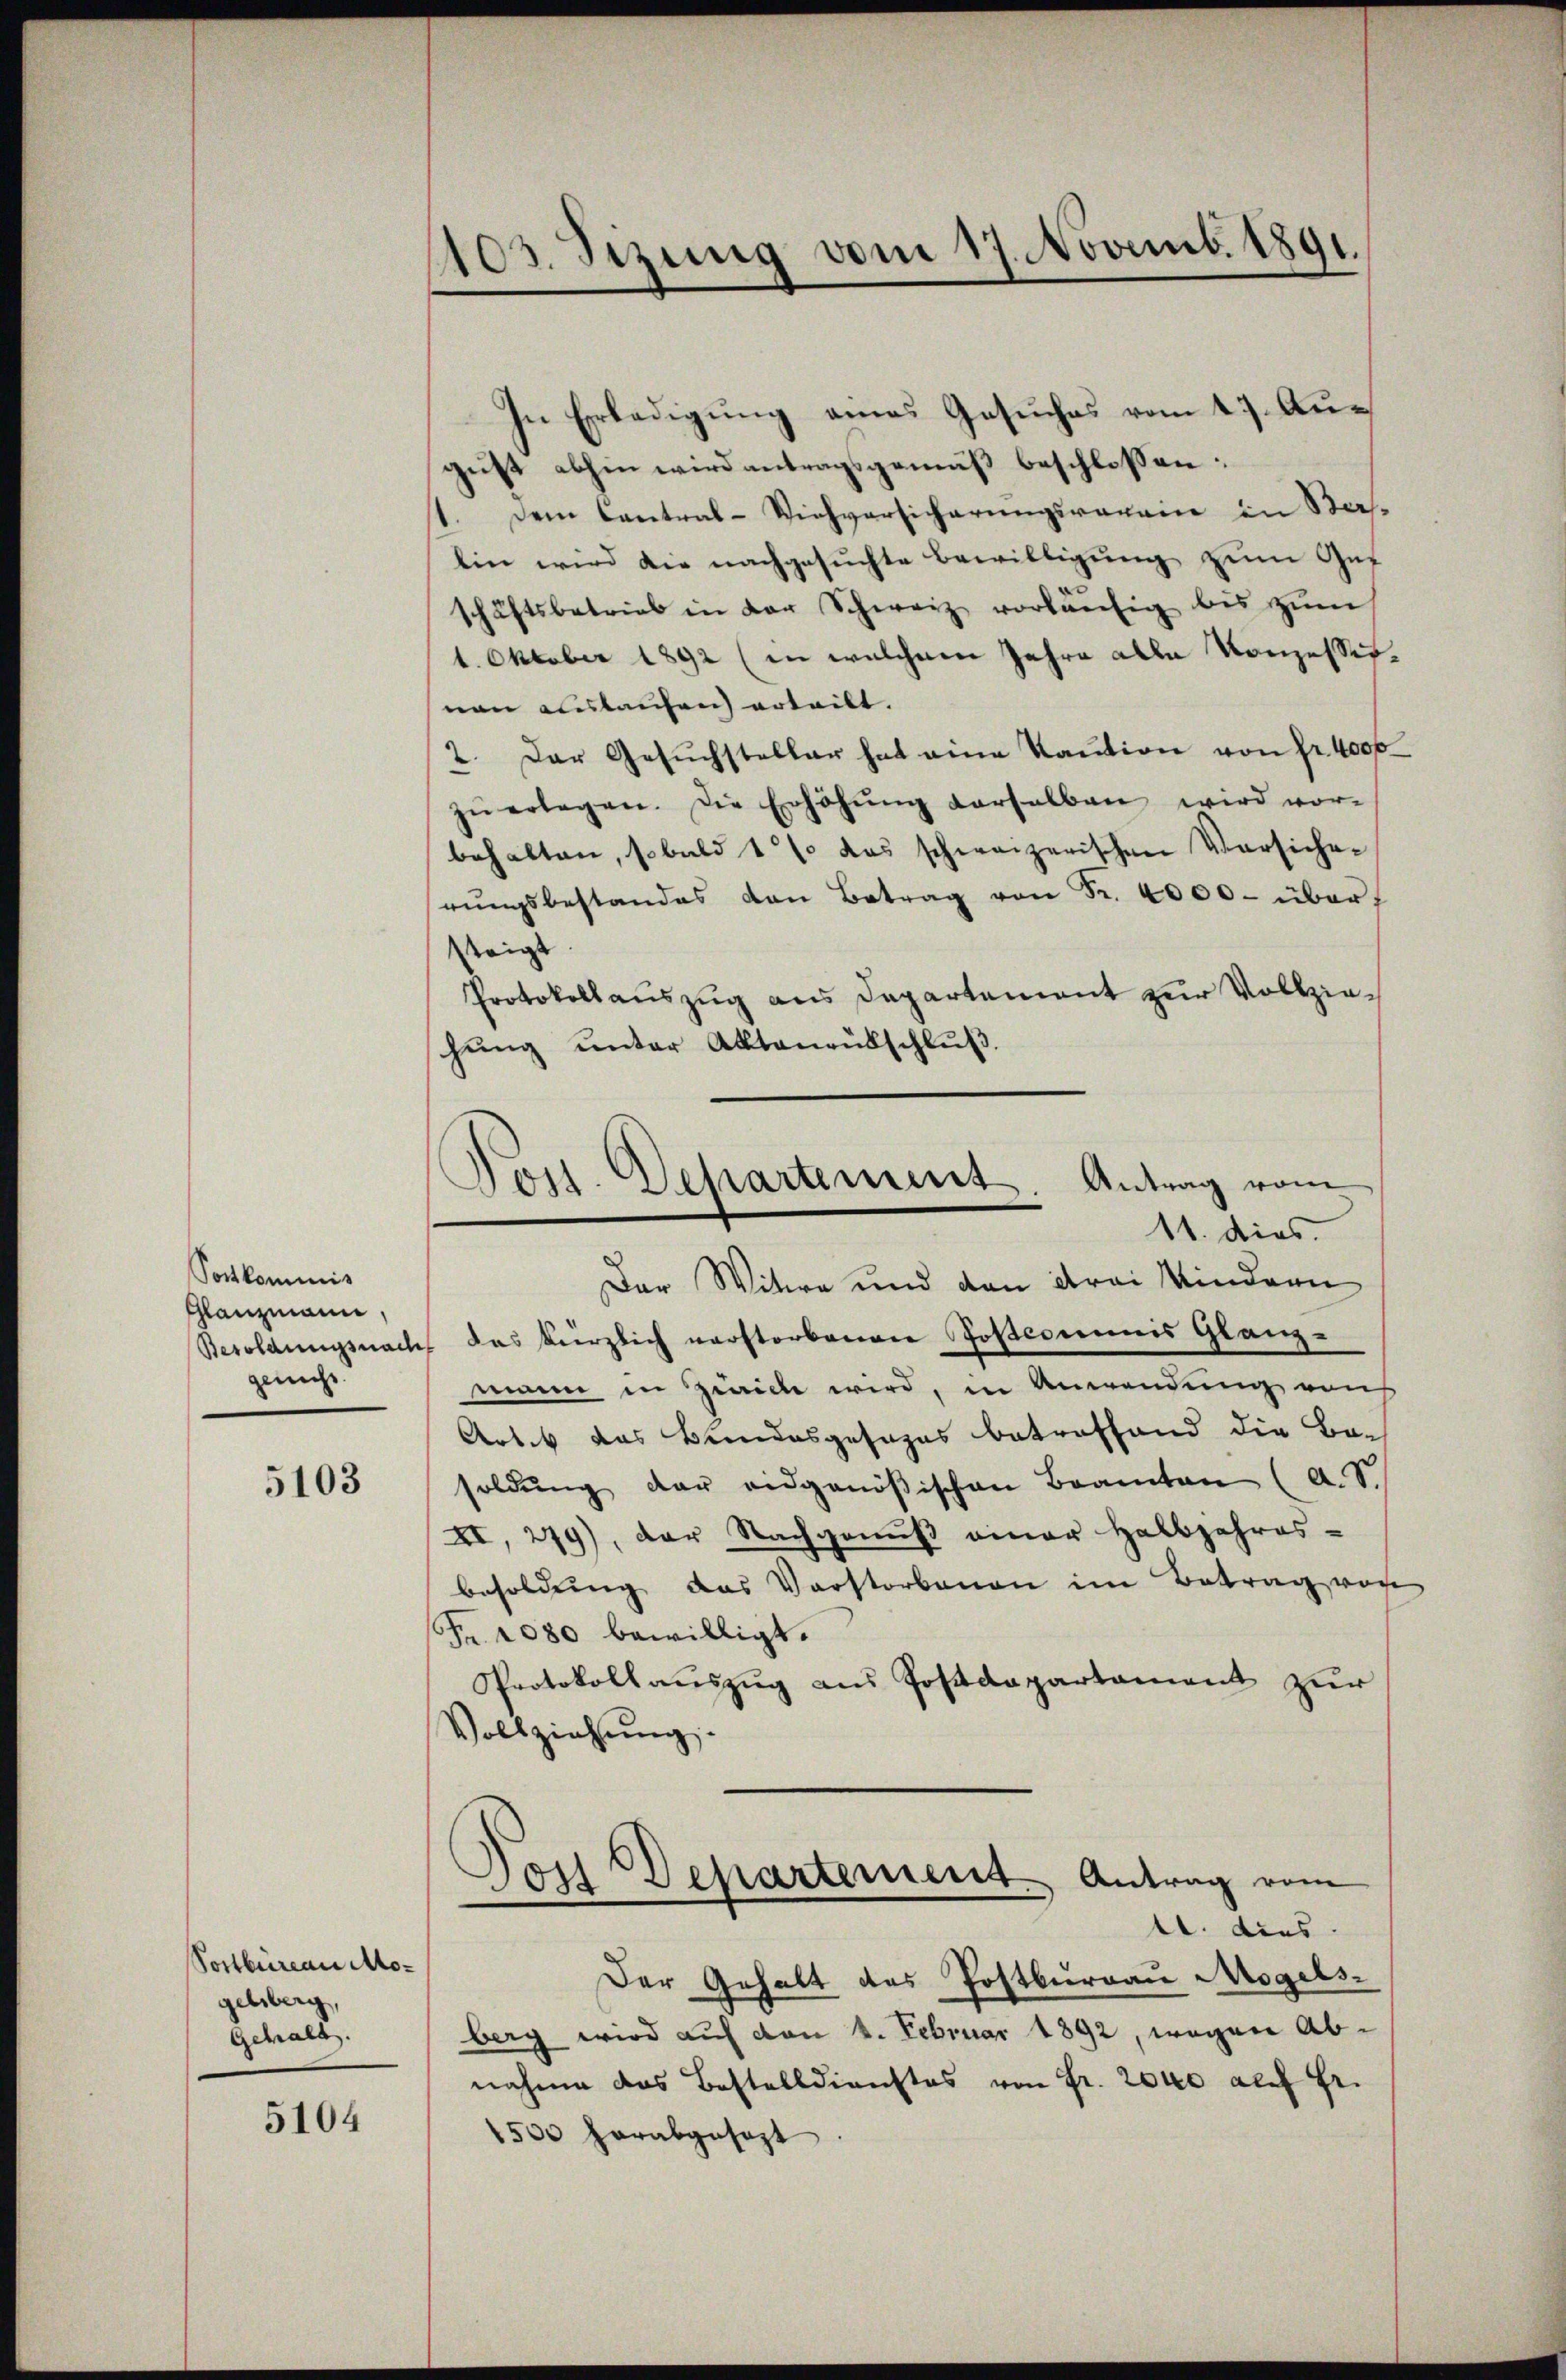
Postkommis
Glanzmann,
gericht.

5103

Postbureau Mogelberg,
Gehalt.

5104

1103. Sizung vom 17. Novemb. 1891.

In Erledigung eines Gesuches vom 17. August abhin wird antragsgemäß beschlossen:
1. Dem Contral-Viehversicherungsravance in Stalin wird die nachgesuchte Bewilligung zum Gef
schäftsbetrieb in der Schweiz vorläŭfig bis zŭm
1. Oktober 1892 (in welchem Jahre alle Konzessirnen Auslaufen erteilt.
2. Der Gesŭchsteller hat eine Kaution von fr. 4000
zŭ erlegen. Die Erhöhŭng verselben wird vor-
behalten, sobald 11 das schweizerischen Versicherŭngsbestandes von Betrag von Fr. 4000. über
steigt
Protokollauszug aus Departament zur Vollziehŭng ŭnter Aktenrübschlŭβ
Der Witwe und den drei Kindern
Besoldungsnach das kürzlich verstorbenen Postcommis Glanz-
mann in Zwicke wird, in Anwendung von
Artik das Bundesgesezes betreffend die Be-
soldŭng der eidgenößischen Beamten (a. S.
XI, 279), der Nachgenuß einer Halbjahres-
besoldung das Verstorbenen im Betrag von
Fr. 2080 bewilligt.
Protokollaŭszŭg aŭs Postdepartament zŭr
Vollziehŭng
Post Departement Antrag vom
11. dies
Der Gehalt des Postburgau Mogelsberg wird auf von 4. Februar 1892, wegen Abnahme das Bestelldienstes von Fr. 2000 auf Fr.
1500 herabgesezt

Post. Departement. Antrag vom
11. dies